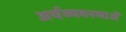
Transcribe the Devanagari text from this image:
अर्थव्यवस्थाअें